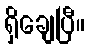
ရှိချေပြီ။